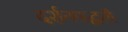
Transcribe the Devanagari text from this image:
दर्शनपद्धती